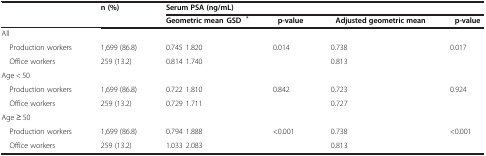
| <ROWSPAN=2>  | <ROWSPAN=2> n (%) | <COLSPAN=4> Serum PSA (ng/mL) |
 | Geometric mean ± GSD* | p-value† | Adjusted geometric mean | p-value‡ |
 | --- | --- | --- | --- | --- | --- |
 | All |  |  |  |  |  |
 | Production workers | 1,699 (86.8) | 0.745 ± 1.820 | 0.014 | 0.738 | 0.017 |
 | Office workers | 259 (13.2) | 0.814 ± 1.740 |  | 0.813 |  |
 | Age < 50 |  |  |  |  |  |
 | Production workers | 1,699 (86.8) | 0.722 ± 1.810 | 0.842 | 0.723 | 0.924 |
 | Office workers | 259 (13.2) | 0.729 ± 1.711 |  | 0.727 |  |
 | Age ≥ 50 |  |  |  |  |  |
 | Production workers | 1,699 (86.8) | 0.794 ± 1.888 | <0.001 | 0.738 | <0.001 |
 | Office workers | 259 (13.2) | 1.033 ± 2.083 |  | 0.813 |  |